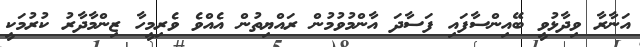
އަނާރާ ވިދާޅުވީ ބޭއިންސާފައި ފަސާދަ އާންމުވުމުން ރައްޔިތުން އެއްވެ ވެރިމީހާ ޒިންމާދާރު ކުރުމަކީ